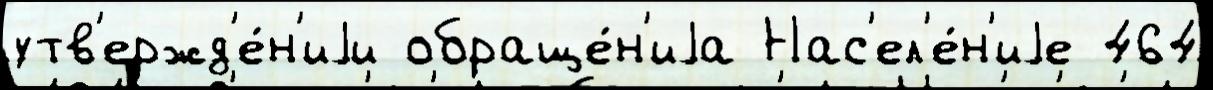
утв'ержд'е́н'иjи обраще́н'иjа Нас'ел'е́н'иjе 464